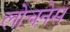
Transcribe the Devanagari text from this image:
लोचनेस